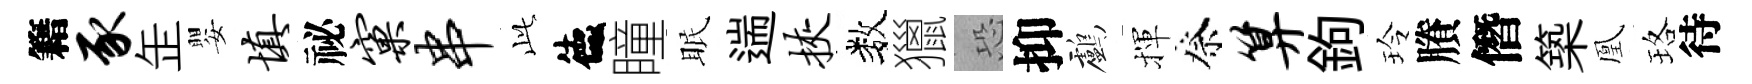
籍豕𦈢嬰填祕窠串𬼘德瞳眠遄挟数獵恐抑鸕揮祭算鉤玲賸僭築凰珞待